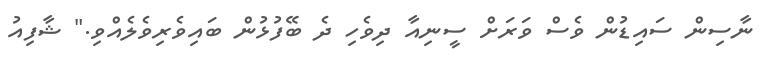
ނާސިން ސައިޑުން ވެސް ވަރަށް ސީނިއާ ދިވެހި ދެ ބޭފުޅުން ބައިވެރިވެލެއްވި." ޝާފިއު